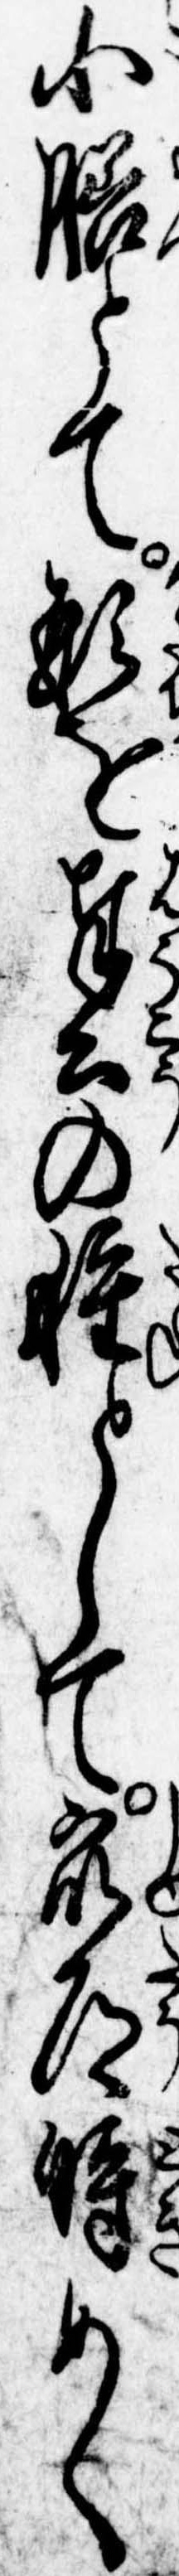
小膳とて形を奉公の種として衆道時めく